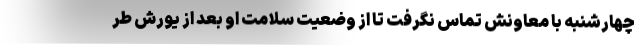
چهارشنبه با معاونش تماس نگرفت تا از وضعیت سلامت او بعد از یورش طر